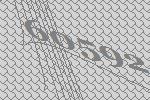
60592